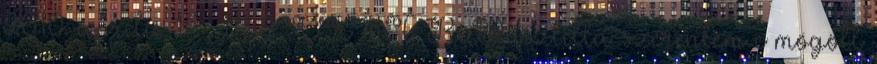
2010. április 16., 11:58 CEST Re:Pasztilla: szerintem e mögött